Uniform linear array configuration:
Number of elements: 48
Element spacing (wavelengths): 1
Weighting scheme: exponential
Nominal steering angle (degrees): -45
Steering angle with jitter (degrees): -43.472
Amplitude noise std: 0.05
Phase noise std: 0.05

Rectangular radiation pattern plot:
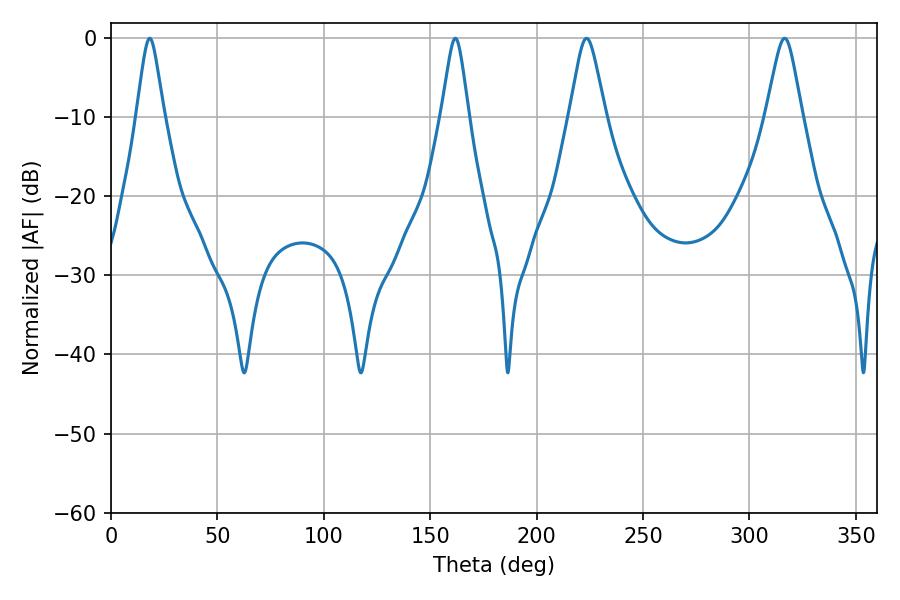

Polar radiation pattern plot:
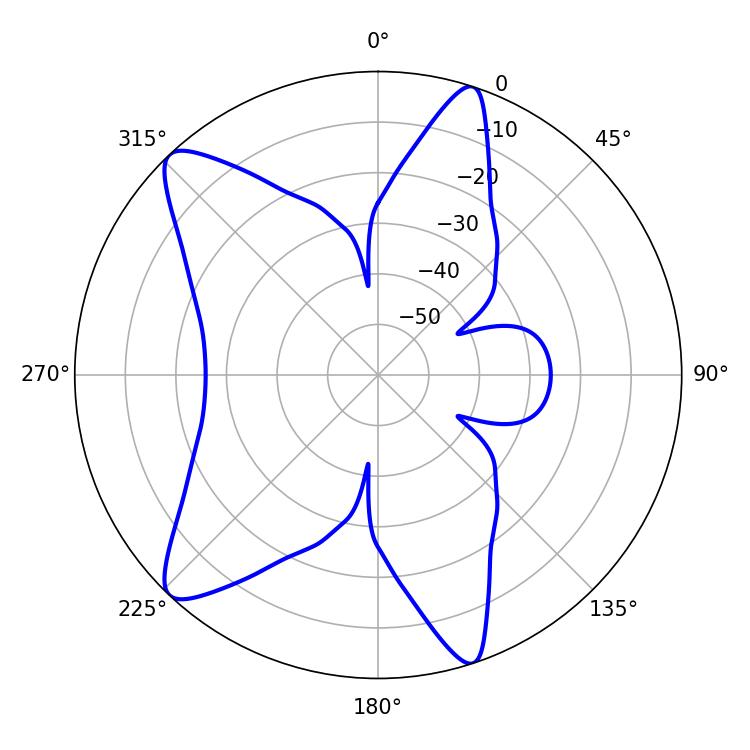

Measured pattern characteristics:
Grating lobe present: TRUE
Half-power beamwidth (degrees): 5.94
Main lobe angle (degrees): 18.18